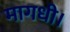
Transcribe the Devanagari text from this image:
मागधी।